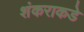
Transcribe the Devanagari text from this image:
शंकराकडे